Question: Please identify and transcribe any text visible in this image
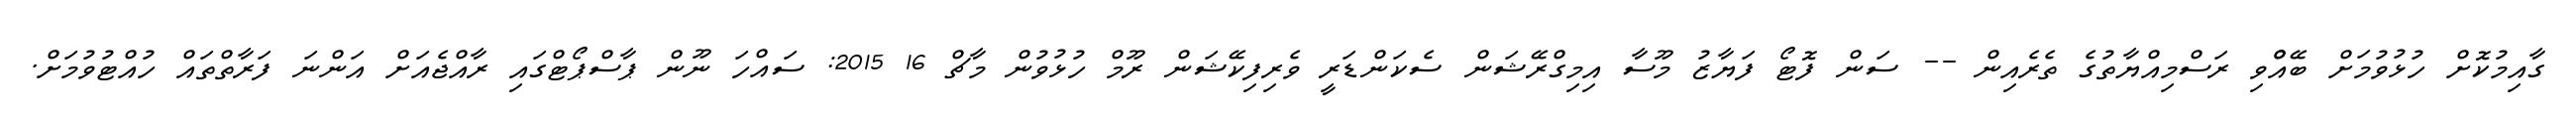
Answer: ގާއިމުކޮށް ހުޅުވުމަށް ބޭއްްވި ރަސްމިއްޔާތުގެ ތެރެއިން -- ސަން ފޮޓޯ ފަޔާޒު މޫސާ އިމިގްރޭޝަން ސެކަންޑަރީ ވެރިފިކޭޝަން ރޫމް ހުޅުވުން މާޗް 16 2015: ސައްހަ ނޫން ޕާސްޕޯޓްގައި ރާއްޖެއަށް އަންނަ ފަރާތްތައް ހުއްޓުވުމަށް.